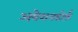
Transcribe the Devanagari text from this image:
अयेशनडोर्फ़